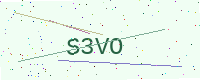
Text: S3VO